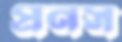
প্রনস